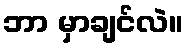
ဘာ မှာချင်လဲ။